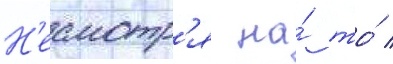
Н'есмотр'я на́ то́ /